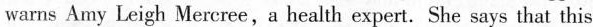
warns Army Leigh Mercree,a health expert.She says that this is